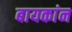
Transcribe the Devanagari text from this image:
बायकांन